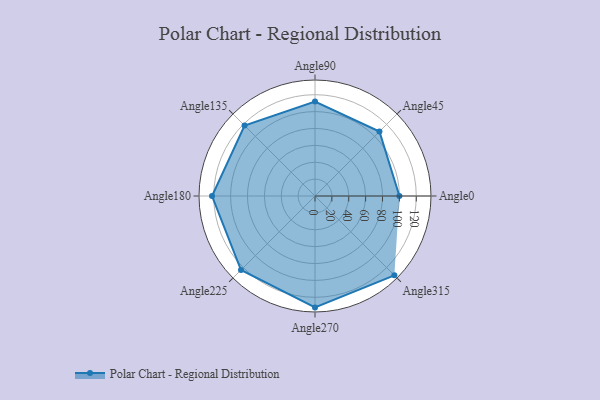
{"axis": {"x": "Angle", "y": "Radius"}, "legend": [""], "data": [{"x": "Angle0", "y": 100.0, "type": ""}, {"x": "Angle45", "y": 108.0, "type": ""}, {"x": "Angle90", "y": 112.0, "type": ""}, {"x": "Angle135", "y": 118.0, "type": ""}, {"x": "Angle180", "y": 122.0, "type": ""}, {"x": "Angle225", "y": 124.0, "type": ""}, {"x": "Angle270", "y": 132.0, "type": ""}, {"x": "Angle315", "y": 133.0, "type": ""}]}